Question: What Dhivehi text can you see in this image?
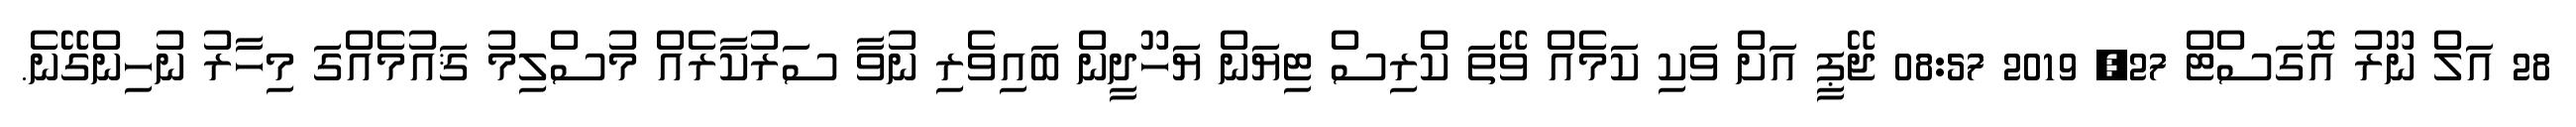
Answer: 28 އަލް ނޫރު އޮގަސްޓް 27, 2019 08:57 ޖޭޕީ އަށް ވަކި ކަމެއް ވޭތަ ކްރިސް ޓިޔަން ޔަހޫދީން ބައިވެރި ނުވާ ސަރުކާރެއް މުސްލިމު ޤައުމެއްގަ މިހާރު ނުހިންގޭނެ.